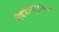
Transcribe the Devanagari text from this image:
मैक्सीन्यूट्रिशियन